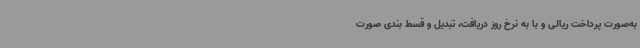
به‌صورت پرداخت ریالی و با به نرخ روز دریافت، تبدیل و قسط بندی صورت